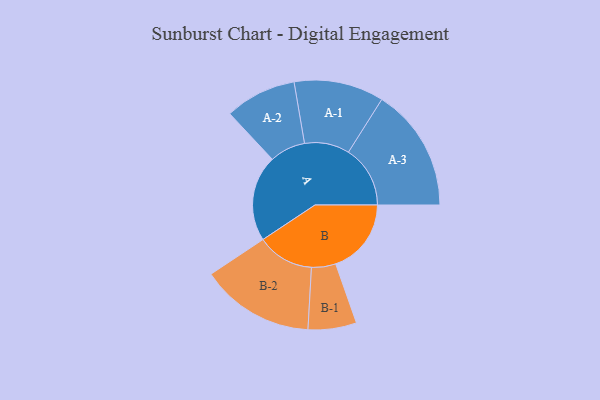
{"axis": {"x": "Segment", "y": "Value"}, "legend": ["", "A", "B"], "data": [{"x": "A", "y": 374, "type": ""}, {"x": "B", "y": 328, "type": ""}, {"x": "A-1", "y": 195, "type": "A"}, {"x": "A-2", "y": 155, "type": "A"}, {"x": "A-3", "y": 268, "type": "A"}, {"x": "B-1", "y": 105, "type": "B"}, {"x": "B-2", "y": 247, "type": "B"}]}